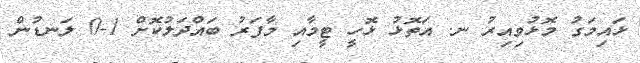
ޅައިމަގު މޮޅުވިއިރު ނ. އަތޮޅު ޅޮހީ ޓީމާއި މާފަރު ބައްދަލުކޮށް 1-0 ލަނޑުން